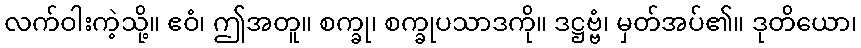
လက်ဝါးကဲ့သို့။ ဧဝံ၊ ဤအတူ။ စက္ခု၊ စက္ခုပသာဒကို။ ဒဋ္ဌဗ္ဗံ၊ မှတ်အပ်၏။ ဒုတိယော၊